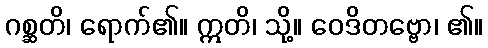
ဂစ္ဆတိ၊ ရောက်၏။ ဣတိ၊ သို့။ ဝေဒိတဗ္ဗော၊ ၏။